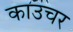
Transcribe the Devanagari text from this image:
काउचर